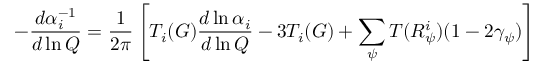
- \frac { d \alpha _ { i } ^ { - 1 } } { d \ln Q } = \frac { 1 } { 2 \pi } \left[ T _ { i } ( G ) \frac { d \ln \alpha _ { i } } { d \ln Q } - 3 T _ { i } ( G ) + \sum _ { \psi } T ( R _ { \psi } ^ { i } ) ( 1 - 2 \gamma _ { \psi } ) \right]